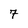
Character: 7